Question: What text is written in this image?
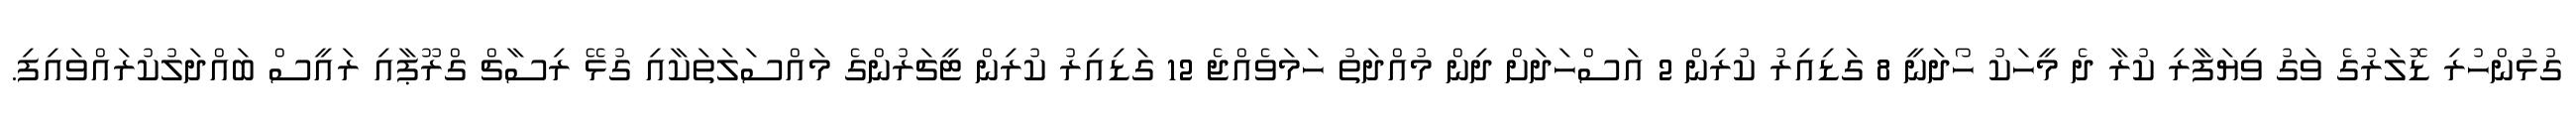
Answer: ގުޅުންހުރި ޑޮލަރުގެ ވަގު ވިޔަފާރި ކުރާ ދެ މީހަކު ހޯދަނީ 8 ގަޑިއިރު ކުރިން 2 އަސްހަދަށް ދިން މުއްދަތު ހަމަވެއްޖެ 12 ގަޑިއިރު ކުރިން ޓީޗަރުންގެ މައްސަލަތަކާއި ގުޅޭ ރިސާޗް ގްރޫޕާއި ރައީސް ބައްދަލުކުރައްވައިފި.